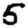
Digit: 5